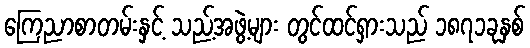
ကြေညာစာတမ်းနှင့် သည့်အဖွဲ့များ တွင်ထင်ရှားသည် ၁၈၇၁ခုနှစ်